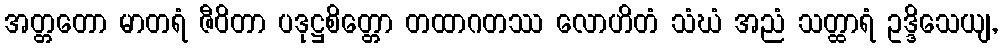
အတ္တတော မာတရံ ဇီဝိတာ ပဒုဋ္ဌစိတ္တော တထာဂတဿ လောဟိတံ သံဃံ အညံ သတ္ထာရံ ဥဒ္ဒိသေယျ,